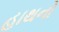
હાથનો